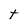
Character: t